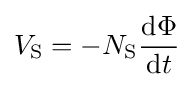
V_{\text{S}}=-N_{\text{S}}{\frac {\mathrm {d} \Phi }{\mathrm {d} t}}